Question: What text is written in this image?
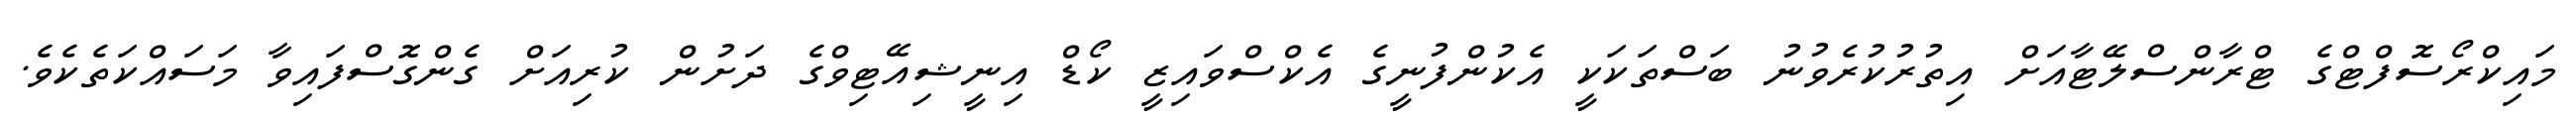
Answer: މައިކްރޯސޮފްޓްގެ ޓްރާންސްލޭޓާއަށް އިތުރުކުރެވުނު ބަސްތަކަކީ އެކުންފުނީގެ އެކްސްވައިޒީ ކޯޑް އިނީޝިއޭޓިވްގެ ދަށުން ކުރިއަށް ގެންގޮސްފައިވާ މަސައްކަތެކެވެ.